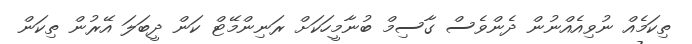
ތިކަމެއް ނުވިއެއްނުން ދެންވެސް ގާސިމް ބުނާމީހަކަށް ރަނިންމޭޓް ކަން ދީބަލަ އޭރުން ތިކަން